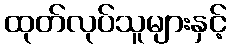
ထုတ်လုပ်သူများနှင့်